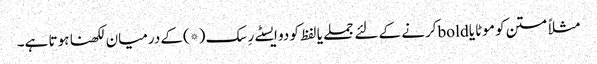
مثلاً متن کو موٹا یا boldکرنے کے لئے جملے یا لفظ کو دو ایسٹے رِسک (*)کے درمیان لکھنا ہوتا ہے۔